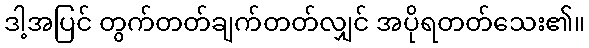
ဒါ့အပြင် တွက်တတ်ချက်တတ်လျှင် အပိုရတတ်သေး၏။